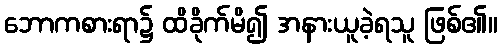
ဘောကစားရာ၌ ထိခိုက်မိ၍ အနားယူခဲ့ရသူ ဖြစ်၏။